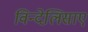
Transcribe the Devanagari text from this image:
विन्देलिसाए